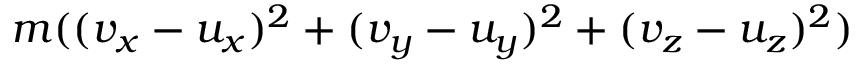
m ( ( v _ { x } - u _ { x } ) ^ { 2 } + ( v _ { y } - u _ { y } ) ^ { 2 } + ( v _ { z } - u _ { z } ) ^ { 2 } )